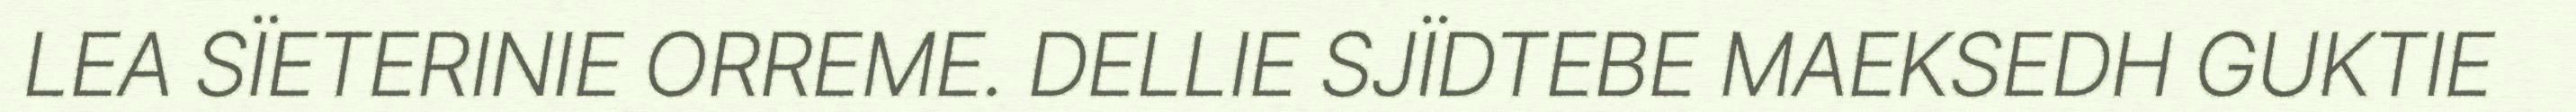
LEA SÏETERINIE ORREME. DELLIE SJÏDTEBE MAEKSEDH GUKTIE